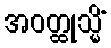
အဝတ္ထုသ္မိံ